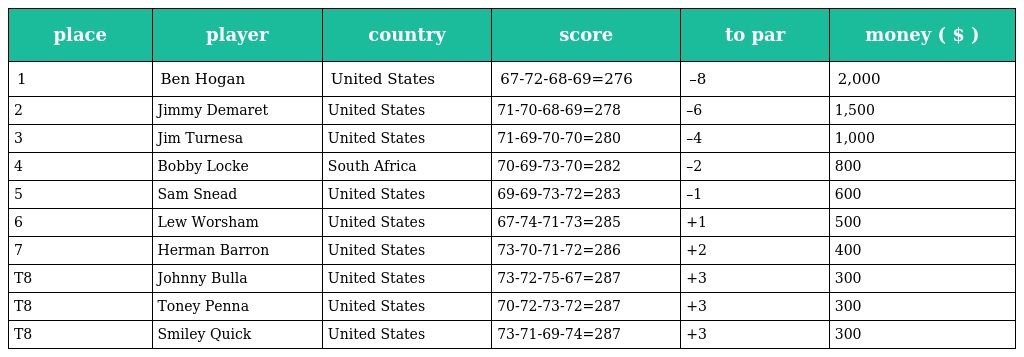
| place | player | country | score | to par | money ( $ ) |
 | --- | --- | --- | --- | --- | --- |
 | 1 | Ben Hogan | United States | 67-72-68-69=276 | –8 | 2,000 |
 | 2 | Jimmy Demaret | United States | 71-70-68-69=278 | –6 | 1,500 |
 | 3 | Jim Turnesa | United States | 71-69-70-70=280 | –4 | 1,000 |
 | 4 | Bobby Locke | South Africa | 70-69-73-70=282 | –2 | 800 |
 | 5 | Sam Snead | United States | 69-69-73-72=283 | –1 | 600 |
 | 6 | Lew Worsham | United States | 67-74-71-73=285 | +1 | 500 |
 | 7 | Herman Barron | United States | 73-70-71-72=286 | +2 | 400 |
 | T8 | Johnny Bulla | United States | 73-72-75-67=287 | +3 | 300 |
 | T8 | Toney Penna | United States | 70-72-73-72=287 | +3 | 300 |
 | T8 | Smiley Quick | United States | 73-71-69-74=287 | +3 | 300 |